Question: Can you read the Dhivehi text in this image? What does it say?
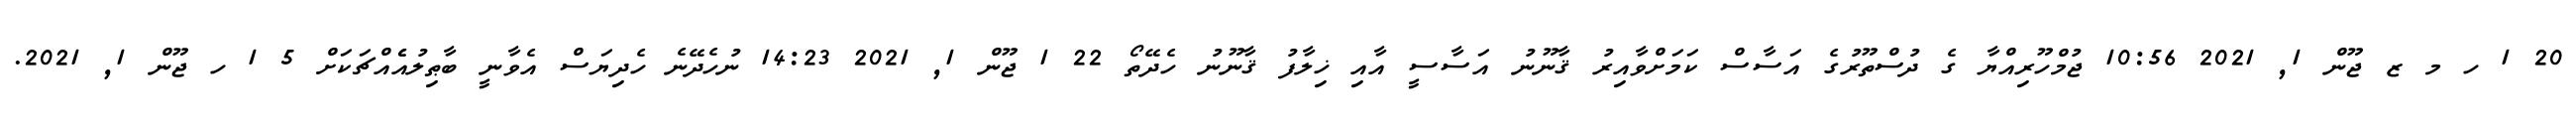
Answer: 20 1 ހ މ ޒ ޖޫން 1, 2021 10:56 ޖުމްހޫރިއްޔާ ގެ ދުސްތޫރުގެ އަސާސް ކަމަށްވާއިރު ޤާނޫނު އަސާސީ އާއި ޚިލާފު ޤާނޫނު ހެދޭތޯ 22 1 ޖޫން 1, 2021 14:23 ނުހެދޭނެ ހެދިޔަސް އެވާނީ ބާޠިލުއެެއްޗަކަށް 5 1 ހ ޖޫން 1, 2021.